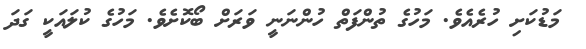
މަޑުކަށި ހުރެއެވެ. މަހުގެ ތުންފަތް ހުންނަނީ ވަރަށް ބޯކޮށެވެ. މަހުގެ ކުލައަކީ ގަދަ